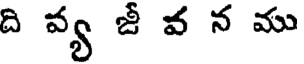
ది వ్య జీ వ న ము